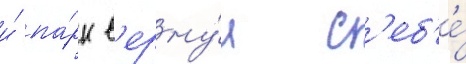
и́ па́рк в'ерну́л с'еб'е́